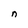
Character: n